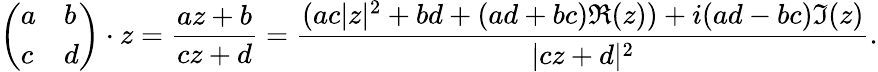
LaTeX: {\left(\begin{array}{ll}{a}&{b}\\ {c}&{d}\end{array}\right)}\cdot z={\frac{az+b}{cz+d}}={\frac{(ac|z|^{2}+bd+(ad+bc)\Re(z))+i(ad-bc)\Im(z)}{|cz+d|^{2}}}.